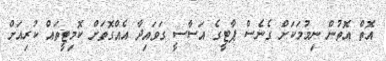
އޮތް އޮތުން ނިމުމަކަށް ގެނެސް ޕާޓީގެ އަސާސީ ގަވައިދާ އެއްގޮތަށް ކޮމިޓީތައް ކުރިއަށް